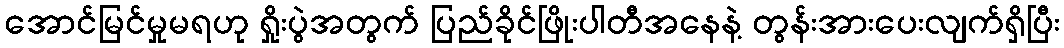
အောင်မြင်မှုမရဟု ရှိုးပွဲအတွက် ပြည်ခိုင်ဖြိုးပါတီအနေနဲ့ တွန်းအားပေးလျက်ရှိပြီး